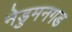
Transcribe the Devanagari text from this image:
नेडुमनगड